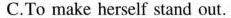
C.To make herself stand out.